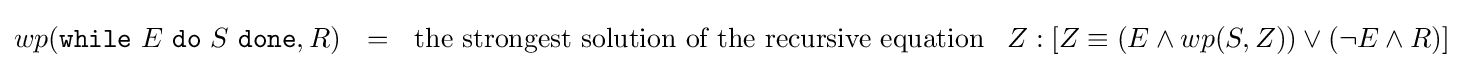
wp({\texttt {while}}\ E\ {\texttt {do}}\ S\ {\texttt {done}},R)\ \ =\ \ {\text{the strongest solution of the recursive equation}}\ {\begin{array}{l}Z:[Z\equiv (E\wedge wp(S,Z))\vee (\neg E\wedge R)]\end{array}}